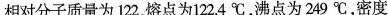
相对分子质量为122，熔点为122.4^{\circ}C，沸点为249^{\circ}C，密度